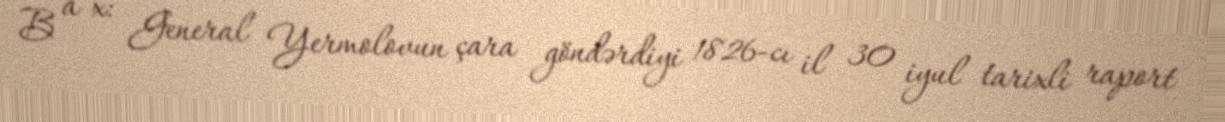
B a x: General Yermolovun çara göndərdiyi 1826-cı il 30 iyul tarixli raport